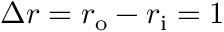
\Delta r = r _ { \mathrm { o } } - r _ { \mathrm { i } } = 1